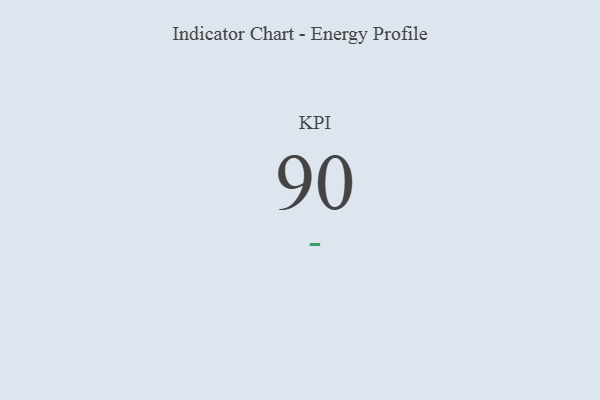
{"axis": {"x": "KPI", "y": "Value"}, "legend": [""], "data": [{"x": "KPI", "y": 90, "type": ""}]}